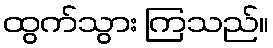
ထွက်သွား ကြသည်။